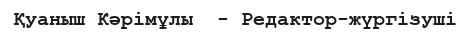
Қуаныш Кәрімұлы  - Редактор-жүргізуші